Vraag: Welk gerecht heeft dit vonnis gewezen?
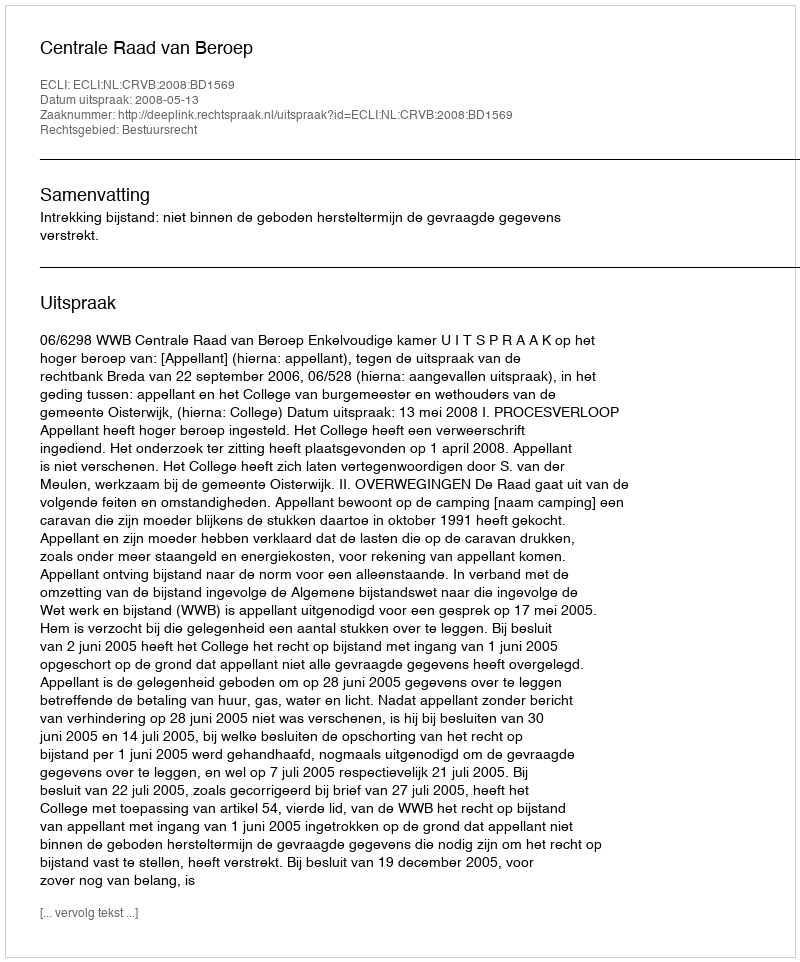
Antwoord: Centrale Raad van Beroep